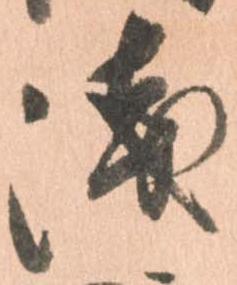
浅